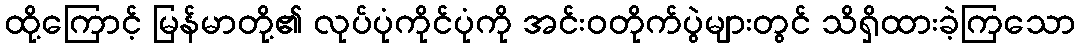
ထို့ကြောင့် မြန်မာတို့၏ လုပ်ပုံကိုင်ပုံကို အင်းဝတိုက်ပွဲများတွင် သိရှိထားခဲ့ကြသော